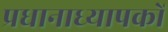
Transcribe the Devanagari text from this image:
प्रधानाध्यापकों